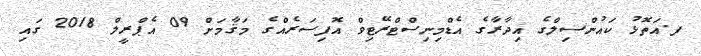
ފ.އަތޮޅު ކައުންސިލްގެ އިދާރާގެ އެޑްމިނިސްޓްރޭޓިވް އޮފިސަރެއްގެ މަޤާމަށް 09 އެޕްރީލް 2018 ގައި